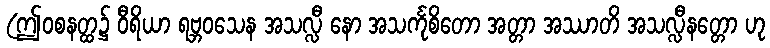
(ဤဝစနတ္ထ၌ ဝီရိယာ ရဗ္ဘဝသေန အသလ္လီ နော အသင်္ကုစိတော အတ္တာ အဿာတိ အသလ္လီနတ္တော ဟု